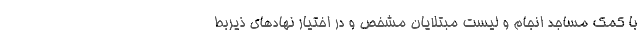
با کمک مساجد انجام و لیست مبتلایان مشخص و در اختیار نهادهای ذیربط